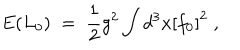
E ( L _ { 0 } ) \; = \; \frac { 1 } { 2 } g ^ { 2 } \int d ^ { 3 } x { [ f _ { 0 } ] } ^ { 2 } \; ,